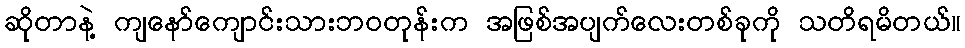
ဆိုတာနဲ့ ကျနော်ကျောင်းသားဘဝတုန်းက အဖြစ်အပျက်လေးတစ်ခုကို သတိရမိတယ်။